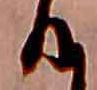
る